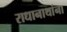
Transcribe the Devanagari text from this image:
राधानाथांना